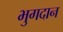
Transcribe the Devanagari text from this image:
भुगदान